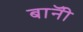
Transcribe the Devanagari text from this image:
बाॅनी